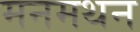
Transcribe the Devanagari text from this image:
मनमथन